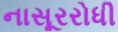
નાસૂરરોધી